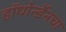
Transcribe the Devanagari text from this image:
हॉथोर्न्डेनचा